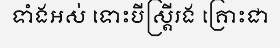
ទាំងអស់ ទោះបីស្ត្រីរង គ្រោះជា